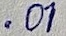
Text: .01